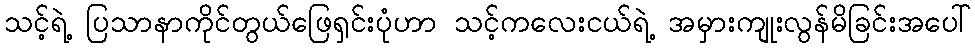
သင့်ရဲ့ ပြသာနာကိုင်တွယ်ဖြေရှင်းပုံဟာ သင့်ကလေးငယ်ရဲ့ အမှားကျုးလွန်မိခြင်းအပေါ်